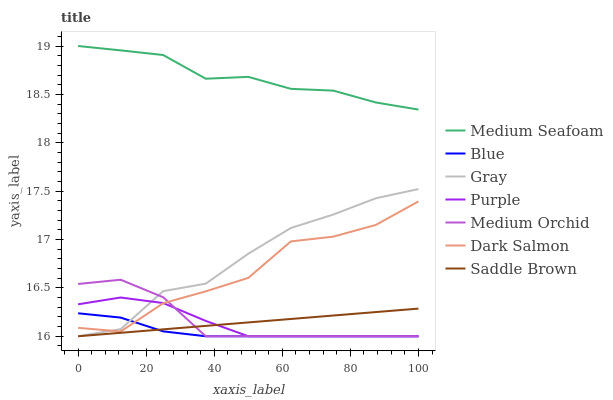
| xaxis_label | Medium Seafoam | Blue | Gray | Purple | Medium Orchid | Dark Salmon | Saddle Brown |
 | --- | --- | --- | --- | --- | --- | --- | --- |
 | 0 | 19 | 16.2 | 16 | 16.3 | 16.5 | 16.1 | 16 |
 | 12.5 | 19 | 16.2 | 16.1 | 16.4 | 16.6 | 16 | 16 |
 | 25 | 18.9 | 16.1 | 16.5 | 16.3 | 16.4 | 16.3 | 16.1 |
 | 37.5 | 18.7 | 16 | 16.5 | 16.2 | 16 | 16.5 | 16.1 |
 | 50 | 18.7 | 16 | 16.9 | 16 | 16 | 16.6 | 16.1 |
 | 62.5 | 18.6 | 16 | 17.1 | 16 | 16 | 17 | 16.2 |
 | 75 | 18.5 | 16 | 17.3 | 16 | 16 | 17 | 16.2 |
 | 87.5 | 18.4 | 16 | 17.4 | 16 | 16 | 17.2 | 16.2 |
 | 100 | 18.3 | 16 | 17.5 | 16 | 16 | 17.4 | 16.3 |